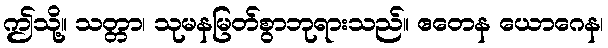
ဤသို့။ သတ္တာ၊ သုမနမြတ်စွာဘုရားသည်။ ဧတေန ယောဂေန၊